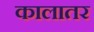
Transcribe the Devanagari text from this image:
कालातर